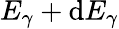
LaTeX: E_{\gamma}+\mathrm{d}E_{\gamma}